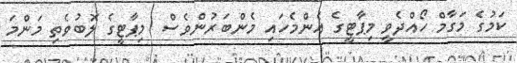
ކަމުގެ މަގާމް ހޯއްދެވީ މިޕާޓީގެ އެންމެހައި މެންބަރުންވެސް  މިޕާޓީގެ ލޮބުވެތި މަންމަ